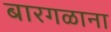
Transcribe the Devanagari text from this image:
बारगळाना